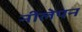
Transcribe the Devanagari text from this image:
नीलेपन